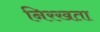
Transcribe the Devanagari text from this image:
निरखता